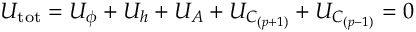
U _ { \mathrm { t o t } } = U _ { \phi } + U _ { h } + U _ { A } + U _ { C _ { ( p + 1 ) } } + U _ { C _ { ( p - 1 ) } } = 0